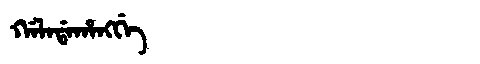
Manchu: ᡤᠠᠯᠠᡩᠠᡥᠠᠩᡤᡝ
Romanization: GALADAHANGGE